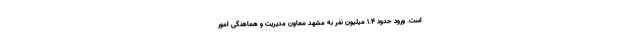
است. ورود حدود ۱.۴ میلیون نفر به مشهد معاون مدیریت و هماهنگی امور